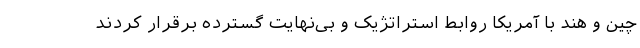
چین و هند با آمریکا روابط استراتژیک و بی‌نهایت گسترده برقرار کردند